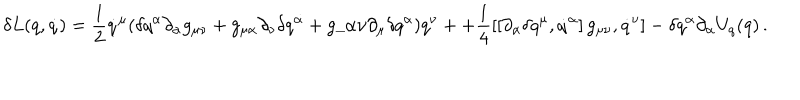
\delta L ( q , \dot { q } ) = \frac { 1 } { 2 } \dot { q } ^ { \mu } ( \delta q ^ { \alpha } \partial _ { \alpha } g _ { \mu \nu } + g _ { \mu \alpha } \partial _ { \nu } \delta q ^ { \alpha } + g \_ { \alpha \nu } \partial _ { \mu } \delta q ^ { \alpha } ) q ^ { \nu } + + \frac { 1 } { 4 } \left[ \left[ \partial _ { \alpha } \delta q ^ { \mu } , \dot { q } ^ { \alpha } \right] g _ { \mu \nu } , \dot { q } ^ { \nu } \right] - \delta q ^ { \alpha } \partial _ { \alpha } U _ { q } ( q ) \, .